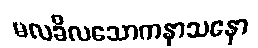
မလခိလသောကနာသနော